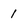
Character: 1